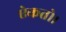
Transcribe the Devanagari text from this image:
ऐकतो।